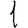
Digit: 1